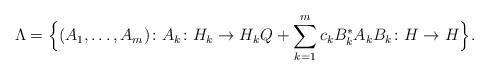
LaTeX: \begin{align*} \Lambda = \Big\{ (A_1, \ldots, A_m) \colon A_k \colon H_k \to H_k Q + \sum_{k=1}^m c_k B_k^\ast A_k B_k \colon H \to H \Big\}.\end{align*}